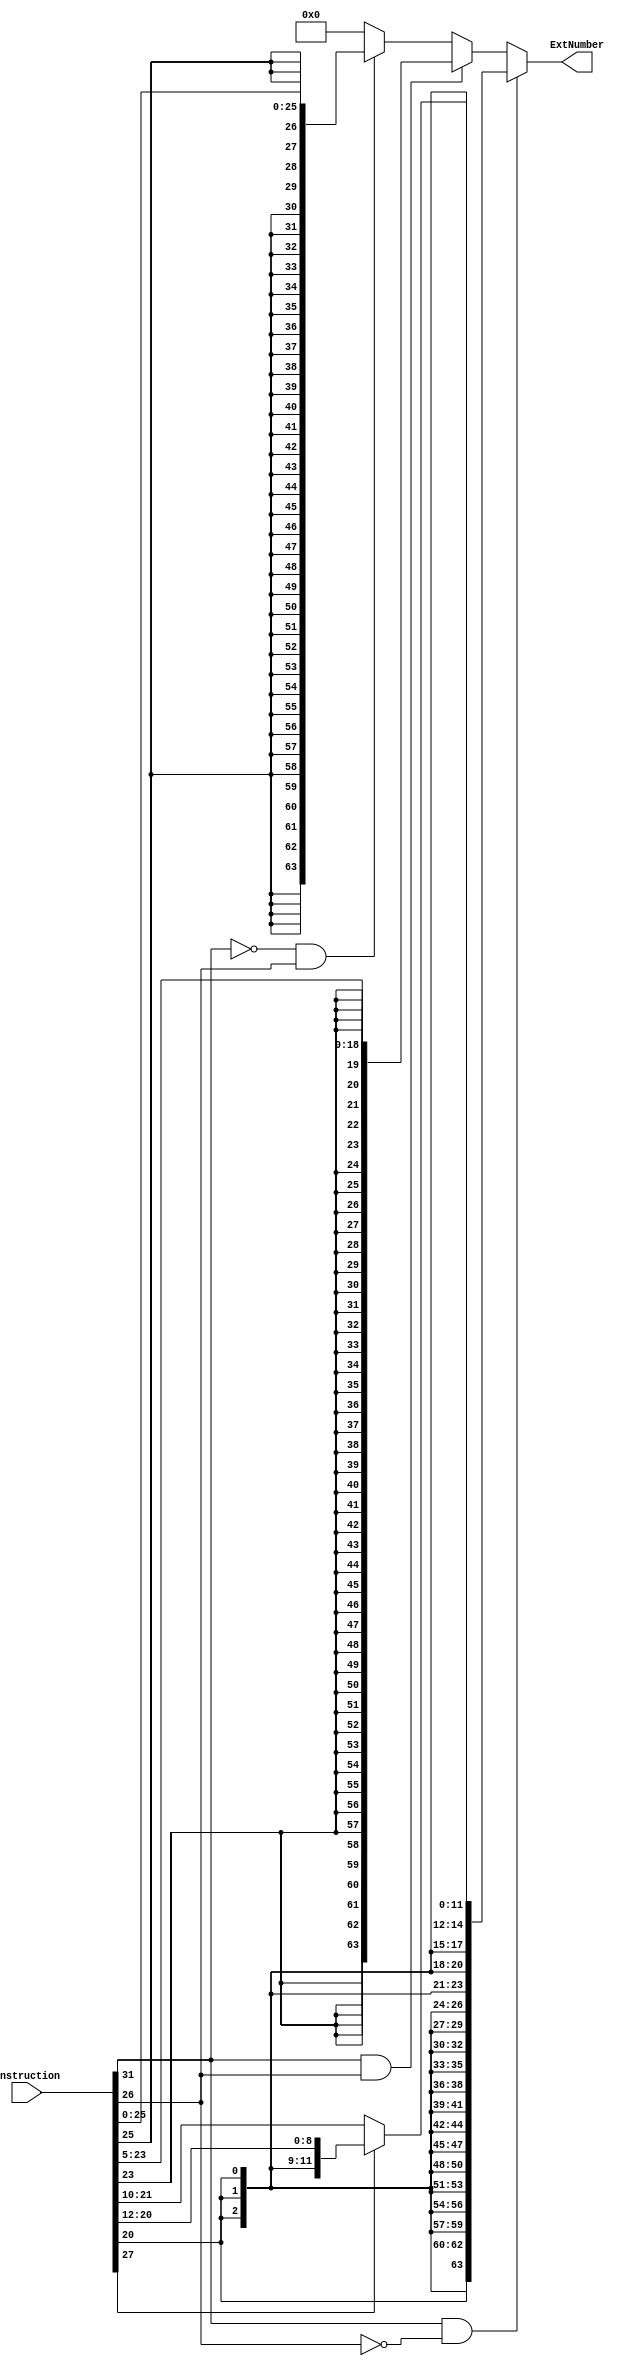
//takes in an instruction, extends the offset field to 64 bits
module SignExtend(Instruction, ExtNumber);
	input [31:0]Instruction;
	output reg [63:0] ExtNumber;
	
	//testing bit 31 and 26 of the instruction to determine which field is extended
	always @(Instruction) begin
		if((Instruction[31] == 1) && (Instruction[26] == 0)) begin //LDUR, STUR, or ADDI
			if(Instruction[27] == 1) begin //LDUR or STUR
				ExtNumber <= {{55{Instruction[20]}}, Instruction[20:12]};
			end
			
			else begin //ADDI
				ExtNumber <= {{52{Instruction[20]}}, Instruction[21:10]};
			end
		end
		
		else if((Instruction[31] == 1) && (Instruction[26] == 1)) begin //CBZ or CBNZ
			ExtNumber <= {{45{Instruction[23]}}, Instruction[23:5]};
		end
		
		else if((Instruction[31] == 0) && (Instruction[26] == 1)) begin //B
			ExtNumber <= {{38{Instruction[25]}}, Instruction[25:0]};
		end
		
		else begin ExtNumber <= {{64{1'b0}}}; end //not a valid opcode
	end
endmodule